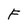
Character: F